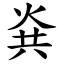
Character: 烡